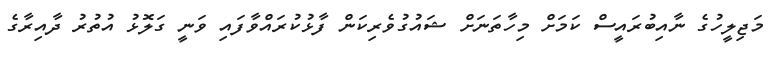
މަޖިލީހުގެ ނާއިބުރައީސް ކަމަށް މިހާތަނަށް ޝައުގުވެރިކަން ފާޅުކުރައްވާފައި ވަނީ ގަލޮޅު އުތުރު ދާއިރާގެ